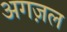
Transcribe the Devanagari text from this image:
अगज़ल